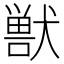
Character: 獣